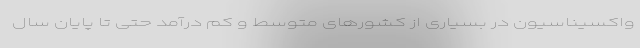
واکسیناسیون در بسیاری از کشورهای متوسط و کم درآمد حتی تا پایان سال